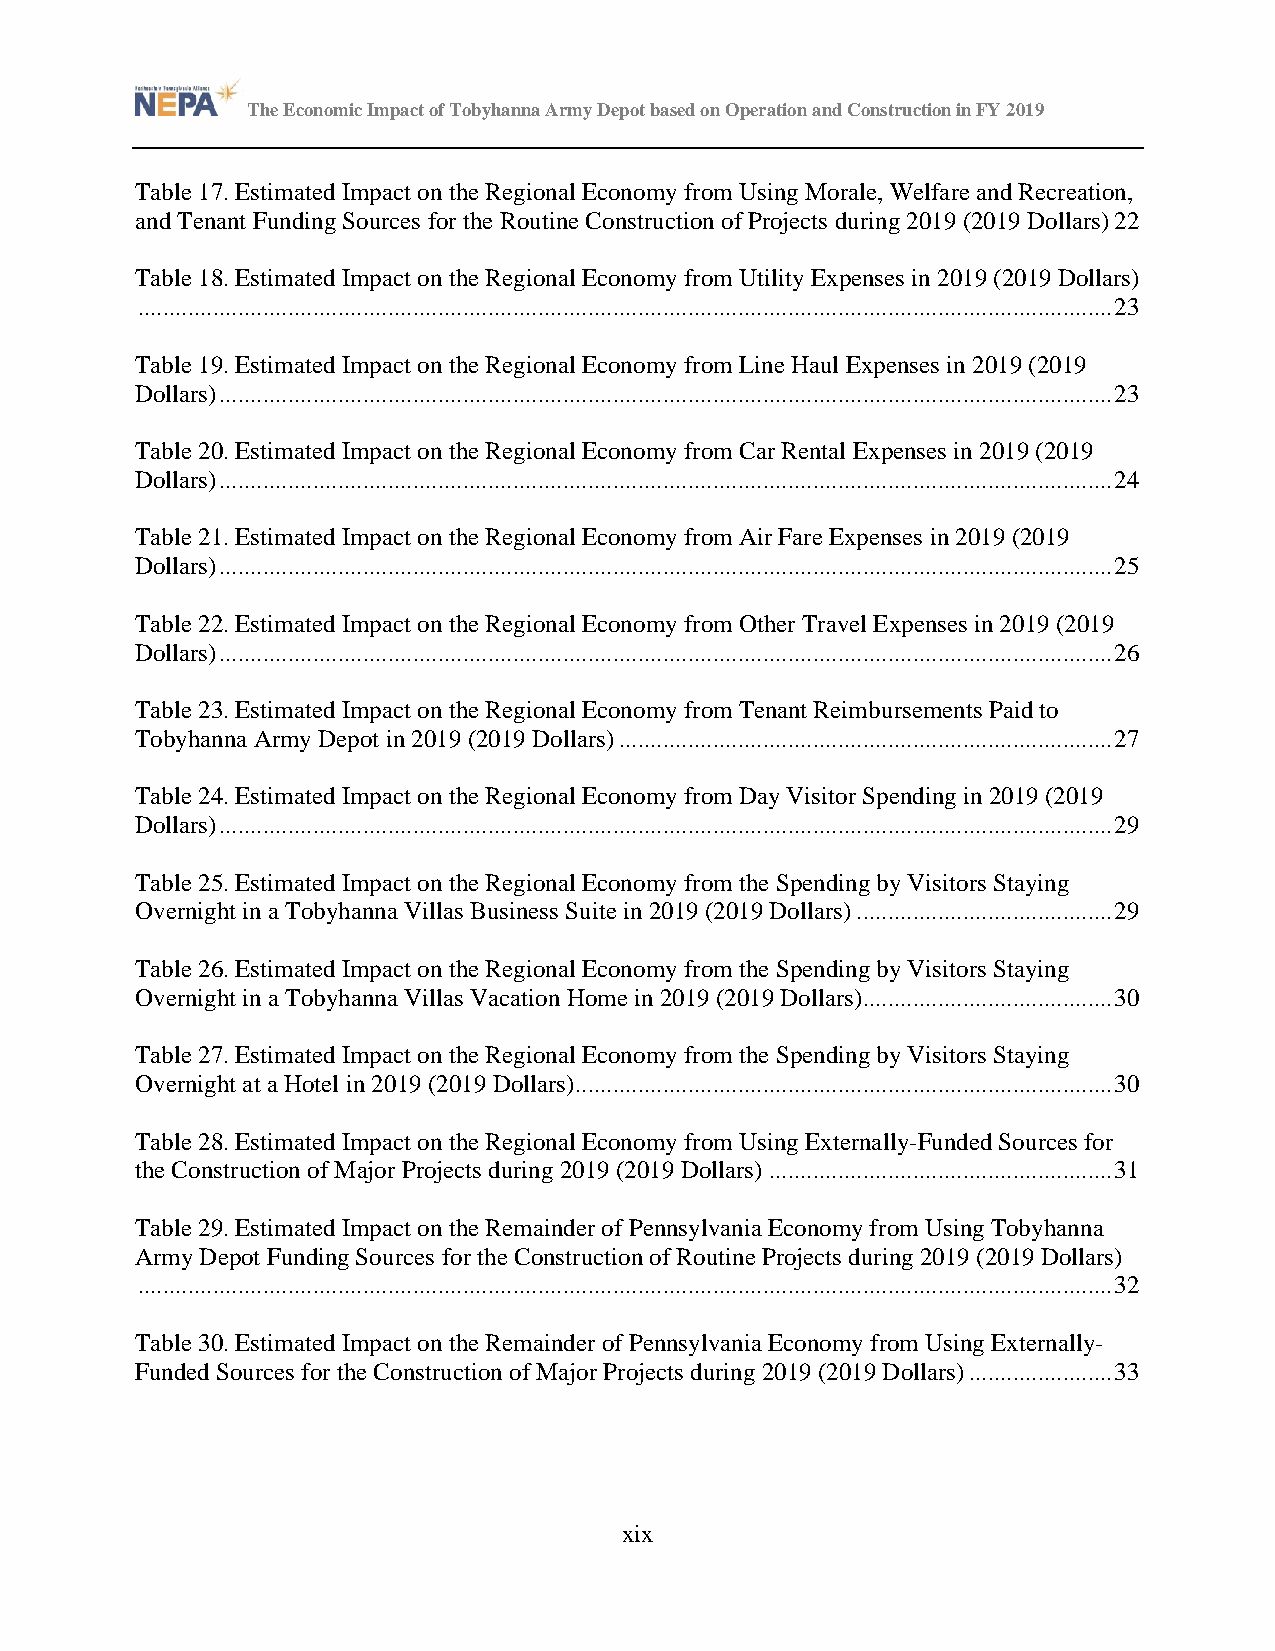
The Economic Impact of Tobyhanna Army Depot based on Operation and Construction in FY 2019
 Table 17. Estimated Impact on the Regional Economy from Using Morale, Welfare and Recreation,
 and Tenant Funding Sources for the Routine Construction of Projects during 2019 (2019 Dollars) 22
 Table 18. Estimated Impact on the Regional Economy from Utility Expenses in 2019 (2019 Dollars)
 ............................................................................................................................................................ 23
 Table 19. Estimated Impact on the Regional Economy from Line Haul Expenses in 2019 (2019
 Dollars) ............................................................................................................................................... 23
 Table 20. Estimated Impact on the Regional Economy from Car Rental Expenses in 2019 (2019
 Dollars) ............................................................................................................................................... 24
 Table 21. Estimated Impact on the Regional Economy from Air Fare Expenses in 2019 (2019
 Dollars) ............................................................................................................................................... 25
 Table 22. Estimated Impact on the Regional Economy from Other Travel Expenses in 2019 (2019
 Dollars) ............................................................................................................................................... 26
 Table 23. Estimated Impact on the Regional Economy from Tenant Reimbursements Paid to
 Tobyhanna Army Depot in 2019 (2019 Dollars) ............................................................................... 27
 Table 24. Estimated Impact on the Regional Economy from Day Visitor Spending in 2019 (2019
 Dollars) ............................................................................................................................................... 29
 Table 25. Estimated Impact on the Regional Economy from the Spending by Visitors Staying
 Overnight in a Tobyhanna Villas Business Suite in 2019 (2019 Dollars) ......................................... 29
 Table 26. Estimated Impact on the Regional Economy from the Spending by Visitors Staying
 Overnight in a Tobyhanna Villas Vacation Home in 2019 (2019 Dollars)........................................ 30
 Table 27. Estimated Impact on the Regional Economy from the Spending by Visitors Staying
 Overnight at a Hotel in 2019 (2019 Dollars) ...................................................................................... 30
 Table 28. Estimated Impact on the Regional Economy from Using Externally-Funded Sources for
 the Construction of Major Projects during 2019 (2019 Dollars) ....................................................... 31
 Table 29. Estimated Impact on the Remainder of Pennsylvania Economy from Using Tobyhanna
 Army Depot Funding Sources for the Construction of Routine Projects during 2019 (2019 Dollars)
 ............................................................................................................................................................ 32
 Table 30. Estimated Impact on the Remainder of Pennsylvania Economy from Using Externally-
 Funded Sources for the Construction of Major Projects during 2019 (2019 Dollars) ....................... 33
 xix